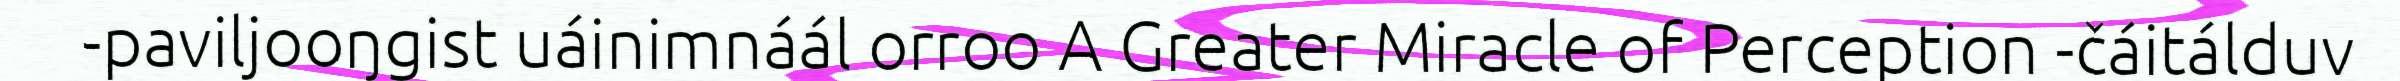
-paviljooŋgist uáinimnáál orroo A Greater Miracle of Perception -čáitálduv